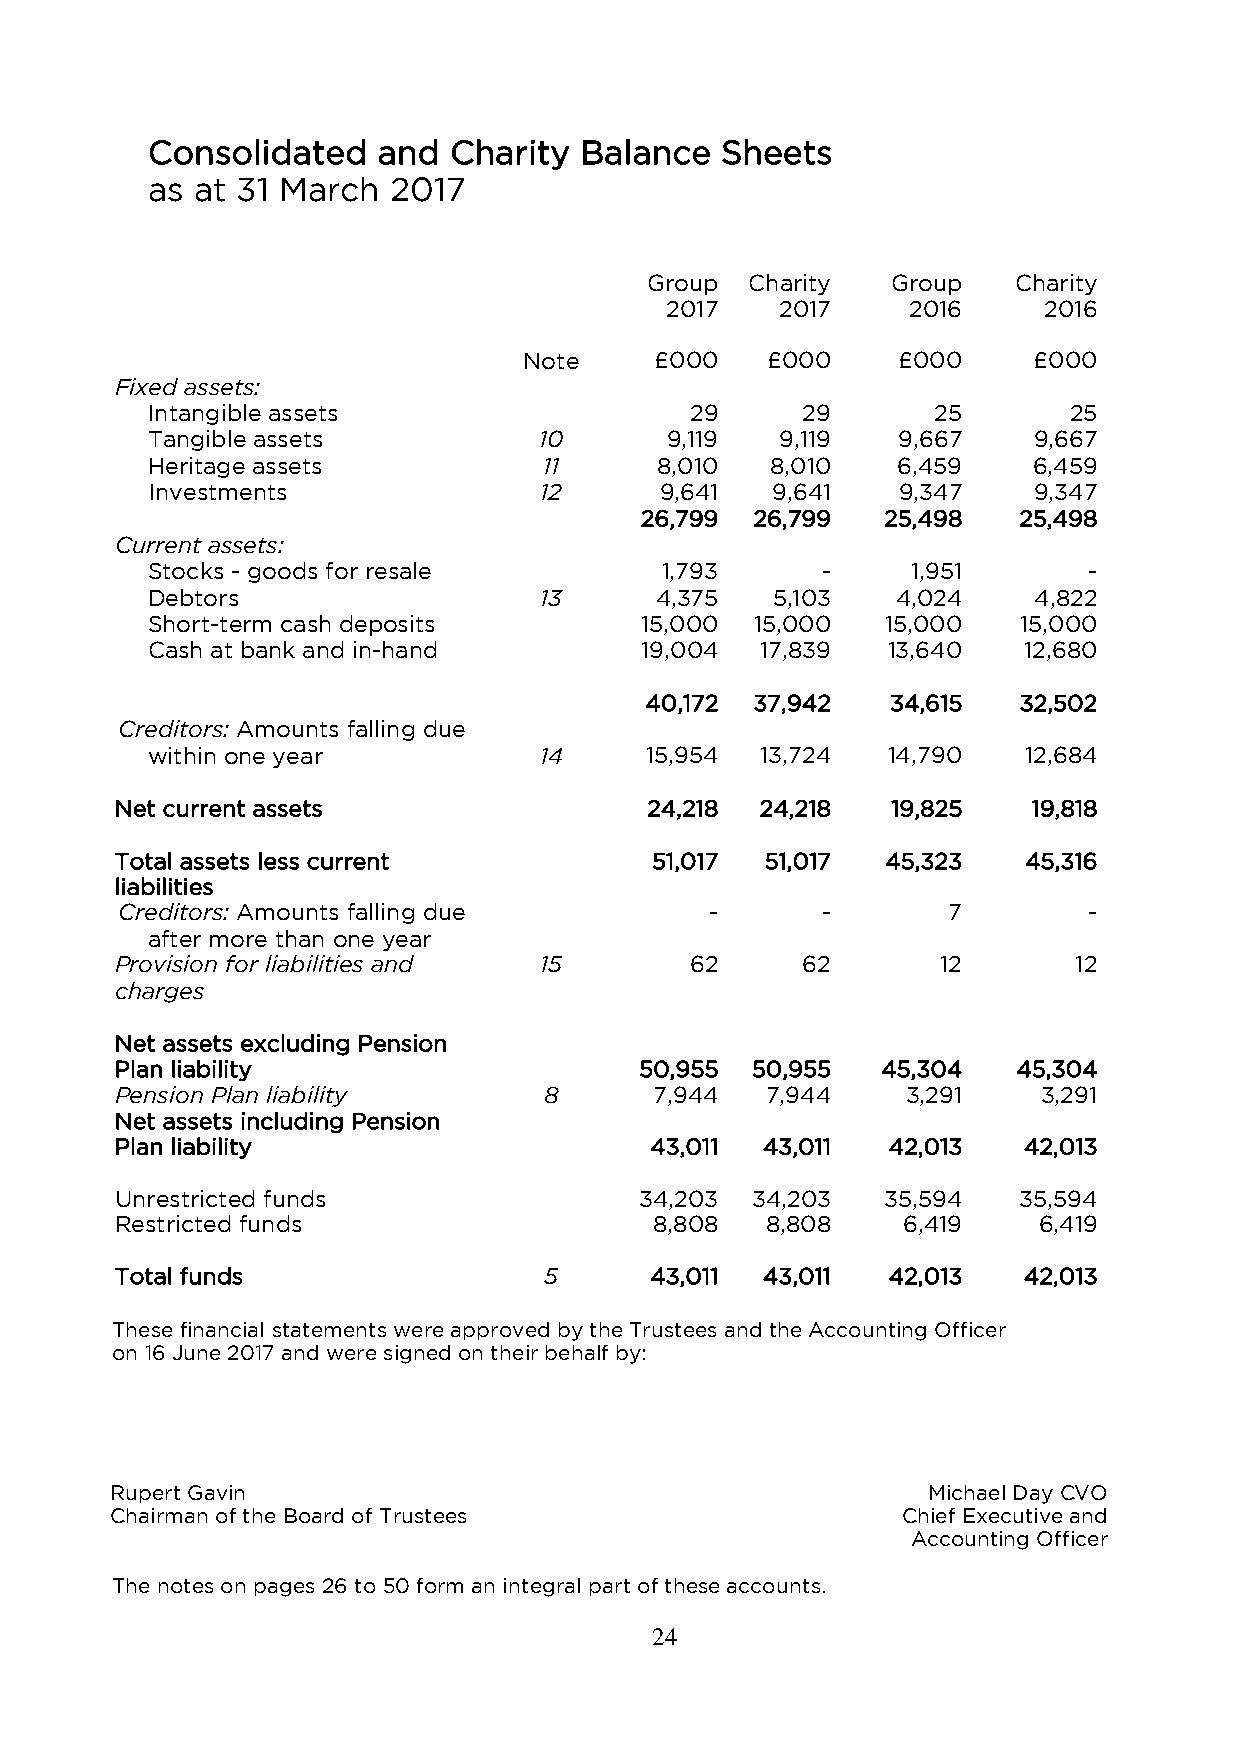
Consolidated   and  Charity Balance   Sheets
 as at 31 March  2017
 Group  Charity  Group   Charity
 2017    2017    2016     2016
 Note    £000    £000    £000     £000
 Fixed assets:
 Intangible assets                   29     29       25       25
 Tangible assets           10      9,119   9,119  9,667    9,667
 Heritage assets           11     8,010   8,010   6,459    6,459
 Investments               12      9,641  9,641   9,347    9,347
 26,799  26,799  25,498   25,498
 Current assets:
 Stocks - goods for resale         1,793     -     1,951       -
 Debtors                   13     4,375   5,103   4,024    4,822
 Short-term cash deposits        15,000  15,000   15,000   15,000
 Cash at bank and in-hand        19,004  17,839   13,640   12,680
 40,172 37,942   34,615  32,502
 Creditors: Amounts falling due
 within one year           14     15,954 13,724   14,790   12,684
 Net current assets                 24,218 24,218   19,825   19,818
 Total assets less current          51,017  51,017  45,323   45,316
 liabilities
 Creditors: Amounts falling due         -      -        7        -
 after more than one year
 Provision for liabilities and 15      62     62       12       12
 charges
 Net assets excluding Pension
 Plan liability                    50,955  50,955  45,304   45,304
 Pension Plan liability      8      7,944   7,944    3,291    3,291
 Net assets including Pension
 Plan liability                     43,011 43,011   42,013   42,013
 Unrestricted funds                34,203  34,203   35,594  35,594
 Restricted funds                   8,808   8,808    6,419    6,419
 Total funds                 5      43,011 43,011   42,013   42,013
 These financial statements were approved by the Trustees and the Accounting Officer
 on 16 June 2017 and were signed on their behalf by:
 Rupert Gavin                                          Michael Day CVO
 Chairman of the Board of Trustees                    Chief Executive and
 Accounting Officer
 The notes on pages 26 to 50 form an integral part of these accounts.
 24